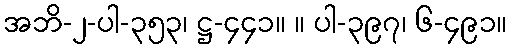
အဘိ-၂-ပါ-၃၅၃၊ ဋ္ဌ-၄၄၁။ ။ ပါ-၃၉၇၊ ၆-၄၉၁။